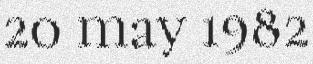
20 may 1982